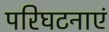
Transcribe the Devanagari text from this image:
परिघटनाएं